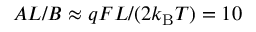
A L / B \approx q F L / ( 2 k _ { \mathrm { B } } T ) = 1 0